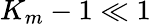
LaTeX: K_{m}-1\ll 1